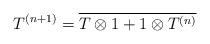
LaTeX: \begin{align*}T^{(n+1)} = \overline{ T \otimes 1 + 1 \otimes T^{(n)} }\end{align*}